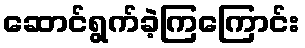
ဆောင်ရွက်ခဲ့ကြကြောင်း